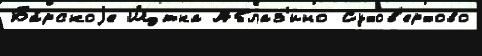
Ба́рскоjе Щ́тка Аблаз'ино Сухов'ерхово